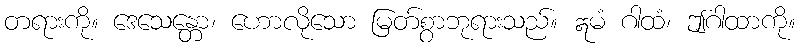
တရားကို။ ဒေသေန္တော၊ ဟောလိုသော မြတ်စွာဘုရားသည်။ ဣမံ ဂါထံ၊ ဤဂါထာကို။